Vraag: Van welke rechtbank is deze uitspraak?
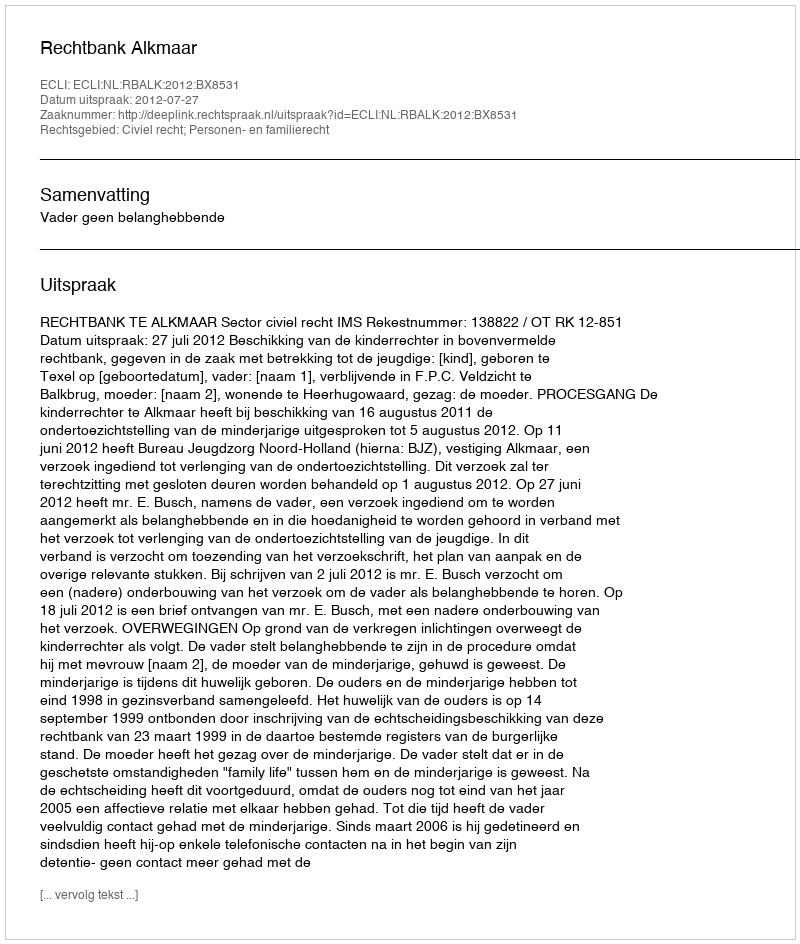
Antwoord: Rechtbank Alkmaar